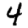
Digit: 4